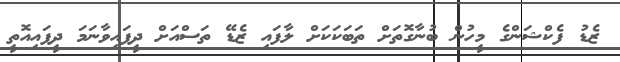
ޒެޑު ފެކްޝަންގެ މީހުން ބުނާގޮތަށް ތަބަކަކަށް ލާފައި ޒެޑޭ ތަސްއަށް ދީފައިވާނަމަ ދީފައިއޮތީ